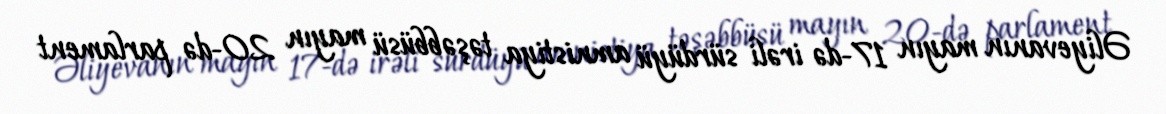
Əliyevanın mayın 17-də irəli sürdüyü amnistiya təşəbbüsü mayın 20-də parlament